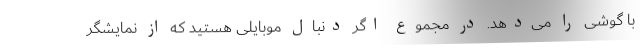
با گوشی را می‌دهد. در مجموع اگر دنبال موبایلی هستید که از نمایشگر